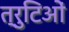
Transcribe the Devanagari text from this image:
त्रुटिओं